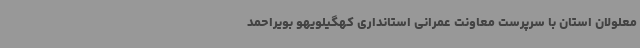
معلولان استان با سرپرست معاونت عمرانی استانداری کهگیلویهو بویراحمد